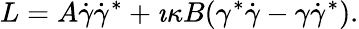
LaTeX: L=A\dot{\gamma}\dot{\gamma}^{*}+\imath\kappa B(\gamma^{*}\dot{\gamma}-\gamma\dot{\gamma}^{*}).